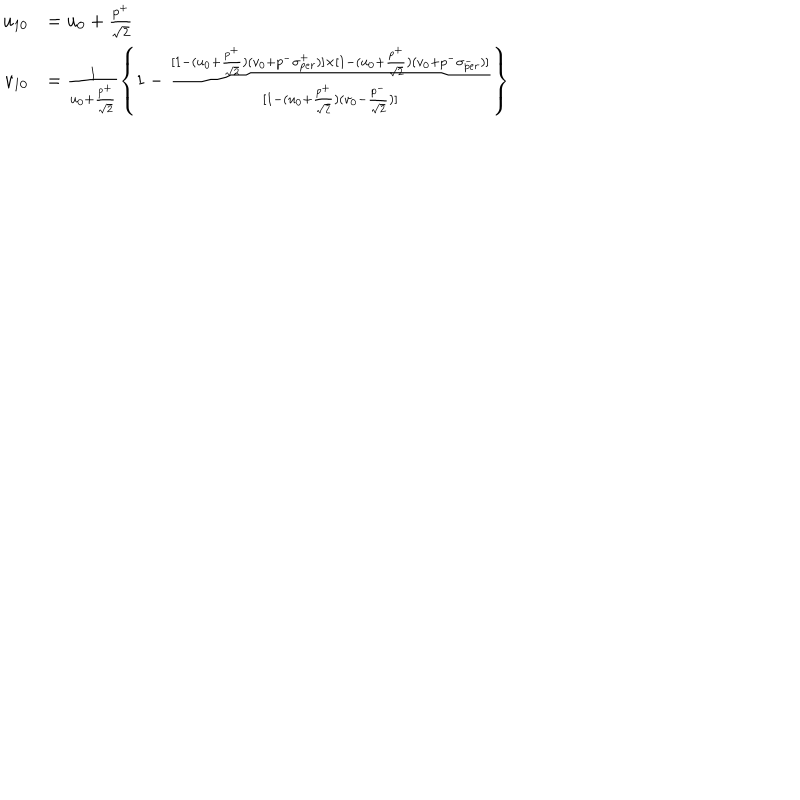
\begin{array} { r l } { { u _ { 1 0 } } } & { { = u _ { 0 } + \frac { p ^ { + } } { \sqrt { 2 } } } } \\ { { v _ { 1 0 } } } & { { = \frac { 1 } { u _ { 0 } + \frac { p ^ { + } } { \sqrt { 2 } } } \left\{ 1 - \frac { [ 1 - ( u _ { 0 } + \frac { p ^ { + } } { \sqrt { 2 } } ) ( v _ { 0 } + p ^ { - } \sigma _ { p e r } ^ { + } ) ] \times [ 1 - ( u _ { 0 } + \frac { p ^ { + } } { \sqrt { 2 } } ) ( v _ { 0 } + p ^ { - } \sigma _ { p e r } ^ { - } ) ] } { [ 1 - ( u _ { 0 } + \frac { p ^ { + } } { \sqrt { 2 } } ) ( v _ { 0 } - \frac { p ^ { - } } { \sqrt { 2 } } ) ] } \right\} } } \\ \end{array}